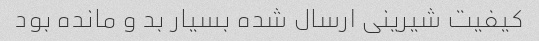
کیفیت شیرینی ارسال شده بسیار بد و مانده بود